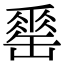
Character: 𦉈